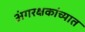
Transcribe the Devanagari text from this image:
अंगरक्षकांच्यात